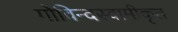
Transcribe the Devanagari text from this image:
गोविन्दस्वामीकृत